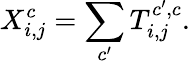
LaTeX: X_{i,j}^{c}=\sum_{c^{\prime}}T_{i,j}^{c^{\prime},c}.